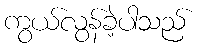
ကွယ်လွန်ခဲ့ပါသည်